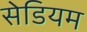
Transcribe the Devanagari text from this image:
सेडियम